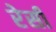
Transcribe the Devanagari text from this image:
रेसी